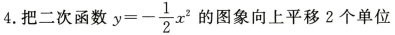
4.把二次函数 $$y = - \frac { 1 } { 2 } x ^ { 2 }$$ 的图象向上平移2个单位